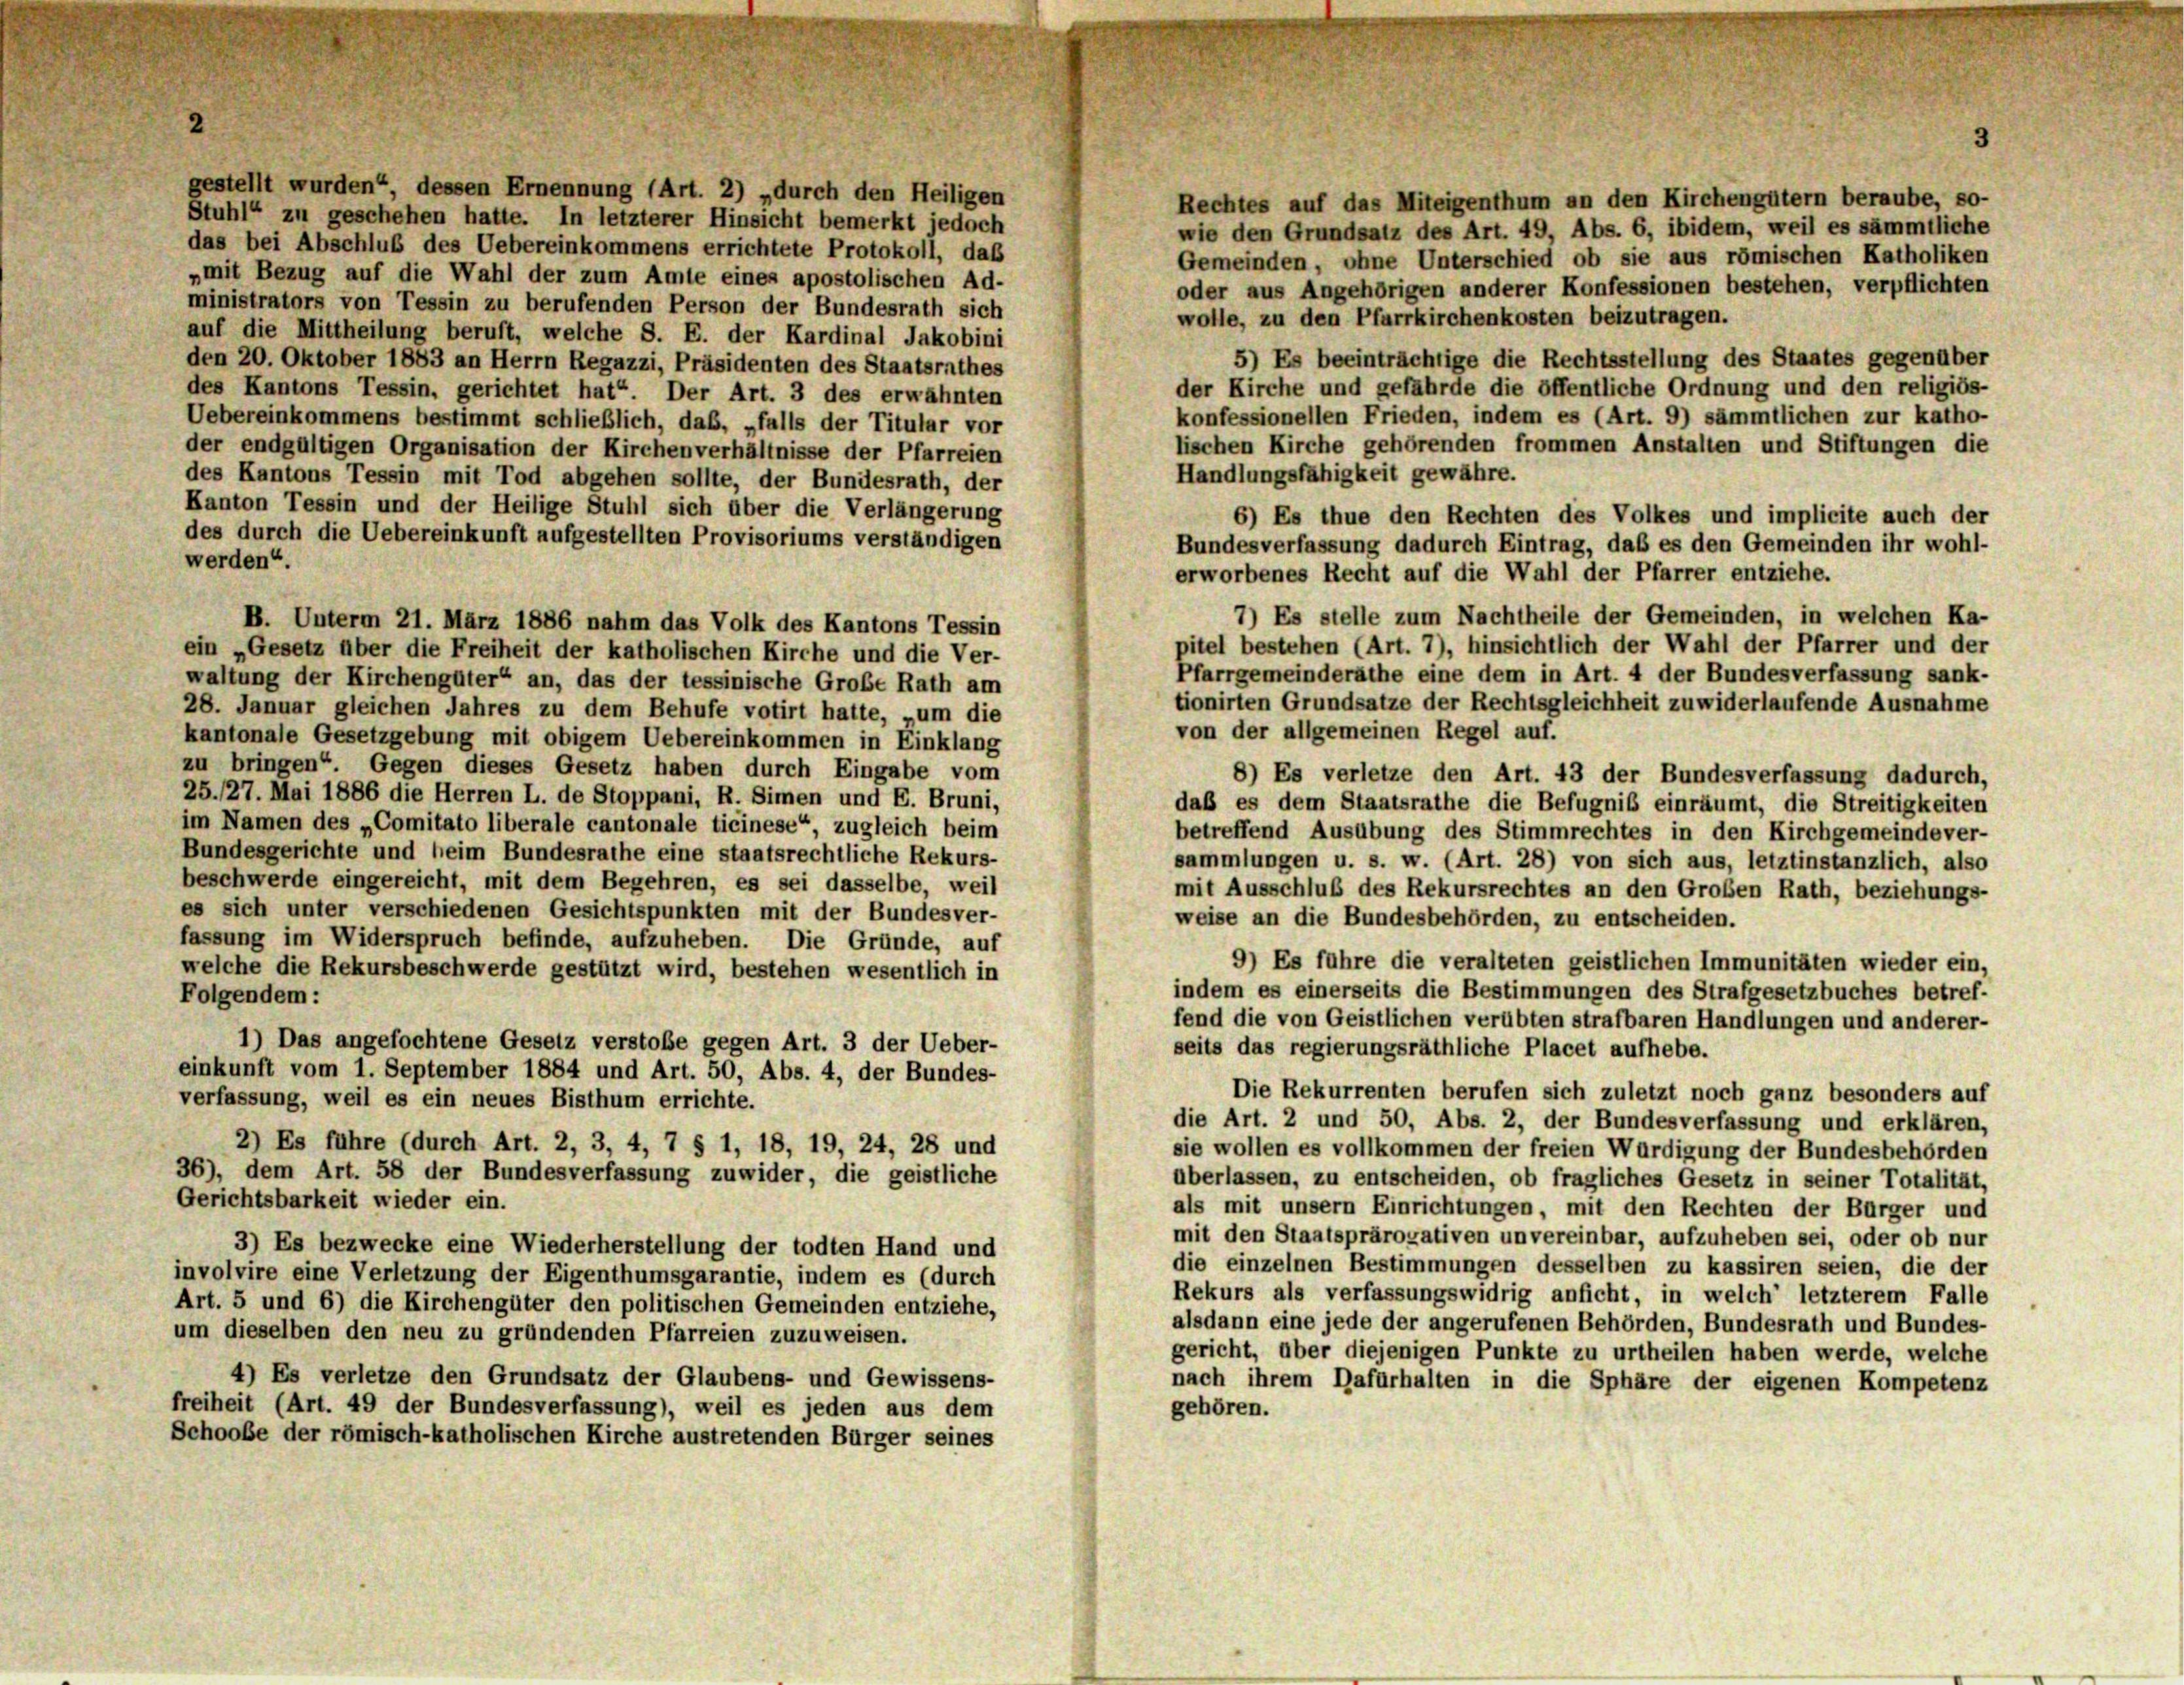
gestellt wurden“, dessen Ernennung (Art. 2) „durch den Heiligen
Rechtes auf das Miteigenthum an den Kirchengütern beraube, so-
Stuhl“ zu geschehen hatte. In letzterer Hinsicht bemerkt jedoch
wie den Grundsatz des Art. 49, Abs. 6, ibidem, weil es sämmtliche
das bei Abschluß des Uebereinkommens errichtete Protokoll, daß
Gemeinden, ohne Unterschied ob sie aus römischen Katholiken
„mit Bezug auf die Wahl der zum Amte eines apostolischen Ad-
oder aus Angehörigen anderer Konfessionen bestehen, verpflichten
ministrators von Tessin zu berufenden Person der Bundesrath sich
wolle, zu den Pfarrkirchenkosten beizutragen.
auf die Mittheilung beruft, welche S. E. der Kardinal Jakobini
5) Es beeinträchtige die Rechtsstellung des Staates gegenüber
den 20. Oktober 1883 an Herrn Regazzi, Präsidenten des Staatsrathes
der Kirche und gefährde die öffentliche Ordnung und den religiös-
des Kantons Tessin, gerichtet hat“. Der Art. 3 des erwähnten
konfessionellen Frieden, indem es (Art. 9) sämmtlichen zur katho-
Uebereinkommens bestimmt schließlich, das, „falls der Titular vor
lischen Kirche gehörenden frommen Anstalten und Stiftungen die
der endgültigen Organisation der Kirchenverhältnisse der Pfarreien
Handlungsfähigkeit gewähre.
des Kantons Tessin mit Tod abgehen sollte, der Bundesrath, der
Kanton Tessin und der Heilige Stuhl sich über die Verlängerung
6) Es thue den Rechten des Volkes und implicite auch der
des durch die Uebereinkunft aufgestellten Provisoriums verständigen
Bundesverfassung dadurch Eintrag, daß es den Gemeinden ihr wohl-
werden“.
erworbenes Recht auf die Wahl der Pfarrer entziehe.
7) Es stelle zum Nachtheile der Gemeinden, in welchen Ka-
B. Unterm 21. März 1886 nahm das Volk des Kantons Tessin
pitel bestehen (Art. 7), hinsichtlich der Wahl der Pfarrer und der
ein „Gesetz über die Freiheit der katholischen Kirche und die Ver-
Pfarrgemeinderäthe eine dem in Art. 4 der Bundesverfassung sank-
waltung der Kirchengüter“ an, das der tessinische Große Rath am
tionirten Grundsätze der Rechtsgleichheit zuwiderlaufende Ausnahme
28. Januar gleichen Jahres zu dem Behufe votirt hatte, „um die
von der allgemeinen Regel auf.
kantonale Gesetzgebung mit obigem Uebereinkommen in Einklang
zu bringen“. Gegen dieses Gesetz haben durch Eingabe vom
8) Es verletze den Art. 43 der Bundesverfassung dadurch,
25./27. Mai 1886 die Herren L. de Stoppani, R. Simen und E. Bruni,
daß es dem Staatsrathe die Befugniß einräumt, die Streitigkeiten
im Namen des „Comitato liberale cantonale ticinese“ zugleich beim
betreffend Ausübung des Stimmrechtes in den Kirchgemeindever-
Bundesgerichte und beim Bundesrathe eine staatsrechtliche Rekurs-
sammlungen u. s. w. (Art. 28) von sich aus, letztinstanzlich, also
beschwerde eingereicht, mit dem Begehren, es sei dasselbe, weil
mit Ausschluß des Rekursrechtes an den Großen Rath, beziehungs-
es sich unter verschiedenen Gesichtspunkten mit der Bundesver-
weise an die Bundesbehörden, zu entscheiden.
fassung im Widerspruch befinde, aufzuheben. Die Gründe, auf
9) Es führe die veralteten geistlichen Immunitäten wieder ein,
welche die Rekursbeschwerde gestützt wird, bestehen wesentlich in
indem es einerseits die Bestimmungen des Strafgesetzbuches betref-
Folgendem:
fend die von Geistlichen verübten strafbaren Handlungen und anderer-
1) Das angefochtene Gesetz verstoße gegen Art. 3 der Ueber-
seits das regierungsräthliche Placet aufhebe.
einkunft vom 1. September 1884 und Art. 50, Abs. 4, der Bundes-
Die Rekurrenten berufen sich zuletzt noch ganz besonders auf
verfassung, weil es ein neues Bisthum errichte.
die Art. 2 und 50, Abs. 2, der Bundesverfassung und erklären,
2) Es führe (durch Art. 2, 3, 4, 7 § 1, 18, 19, 24, 28 und
sie wollen es vollkommen der freien Würdigung der Bundesbehörden
36), dem Art. 58 der Bundesverfassung zuwider, die geistliche
überlassen, zu entscheiden, ob fragliches Gesetz in seiner Totalität,
Gerichtsbarkeit wieder ein.
als mit unsern Einrichtungen, mit den Rechten der Bürger und
mit den Staatsprärogativen unvereinbar, aufzuheben sei, oder ob nur
3) Es bezwecke eine Wiederherstellung der todten Hand und
die einzelnen Bestimmungen desselben zu kassiren seien, die der
involvire eine Verletzung der Eigenthumsgarantie, indem es (durch
Rekurs als verfassungswidrig anficht, in welch’ letzterem Falle
Art. 5 und 6) die Kirchengüter den politischen Gemeinden entziehe,
alsdann eine jede der angerufenen Behörden, Bundesrath und Bundes-
um dieselben den neu zu gründenden Pfarreien zuzuweisen.
gericht, über diejenigen Punkte zu urtheilen haben werde, welche
4) Es verletze den Grundsatz der Glaubens- und Gewissens-
nach ihrem Dafürhalten in die Sphäre der eigenen Kompetenz
freiheit (Art. 49 der Bundesverfassung), weil es jeden aus dem
gehören.
Schoobe der römisch-katholischen Kirche austretenden Bürger seines